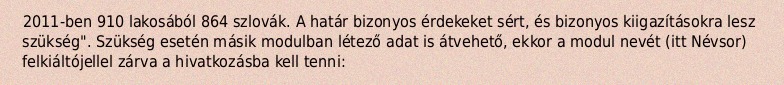
2011-ben 910 lakosából 864 szlovák. A határ bizonyos érdekeket sért, és bizonyos kiigazításokra lesz szükség". Szükség esetén másik modulban létező adat is átvehető, ekkor a modul nevét (itt Névsor) felkiáltójellel zárva a hivatkozásba kell tenni: